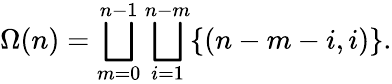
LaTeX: \Omega(n)=\bigsqcup_{m=0}^{n-1}\bigsqcup_{i=1}^{n-m}\{ (n-m-i,i)\} .